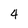
Character: 4